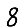
Digit: 8